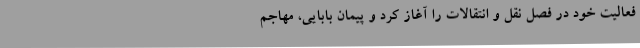
فعالیت خود در فصل نقل و انتقالات را آغاز کرد و پیمان بابایی، مهاجم